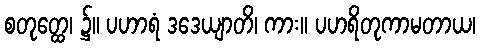
စတုတ္ထေ၊ ၌။ ပဟာရံ ဒဒေယျာတိ၊ ကား။ ပဟရိတုကာမတာယ၊